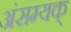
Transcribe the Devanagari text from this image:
अंसम्यक्